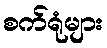
စက်ရုံများ